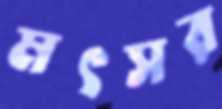
মৎসর